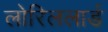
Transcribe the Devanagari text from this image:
लोरिललार्ड